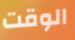
الوقت